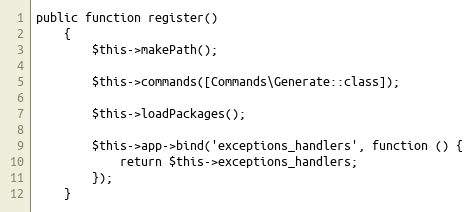
Language: PHP
public function register()
    {
        $this->makePath();

        $this->commands([Commands\Generate::class]);

        $this->loadPackages();

        $this->app->bind('exceptions_handlers', function () {
            return $this->exceptions_handlers;
        });
    }